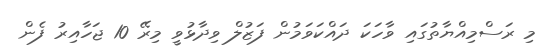
މި ރަސްމިއްޔާތުގައި ވާހަކަ ދައްކަވަމުން ފަޒުލް ވިދާޅުވީ މިރޭ 10 ޖަހާއިރު ފެން